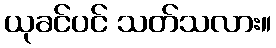
ယုခင်ပင် သတ်သလား။